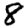
Digit: 8